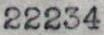
22234